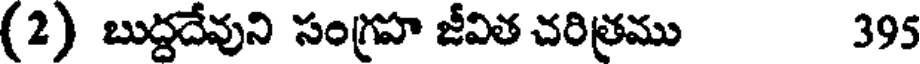
(2) బుద్దదేవుని సంగ్రహ జీవిత చరిత్రము 395